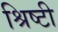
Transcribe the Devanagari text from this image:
श्रिष्टी